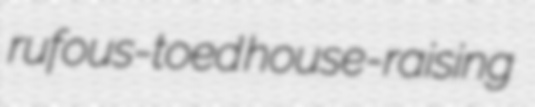
rufous-toed house-raising